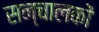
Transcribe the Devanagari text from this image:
सन्चालकों